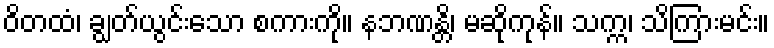
ဝိတထံ၊ ချွတ်ယွင်းသော စကားကို။ နဘဏန္တိ၊ မဆိုကုန်။ သက္က၊ သိကြားမင်း။